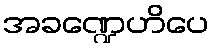
အခဏ္ဍေဟိပေ